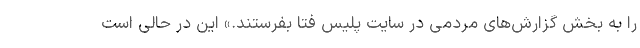
را به بخش گزارش‌های مردمی در سایت پلیس فتا بفرستند.» این در حالی است